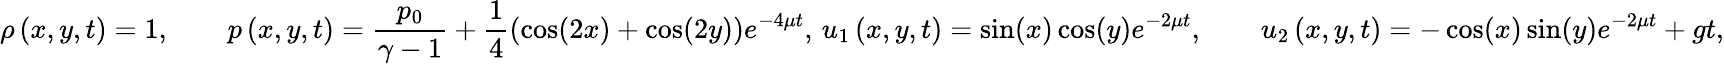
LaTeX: \rho\left(x,y,t\right)=1,\qquad p\left(x,y,t\right)=\frac{p_{0}}{\gamma-1}+\frac{1}{4}\left(\cos(2x)+\cos(2y)\right)e^{-4\mu t},\, {u}_{1}\left(x,y,t\right)=\sin(x)\cos(y)e^{-2\mu t},\qquad{u}_{2}\left(x,y,t\right)=-\cos(x)\sin(y)e^{-2\mu t}+gt,